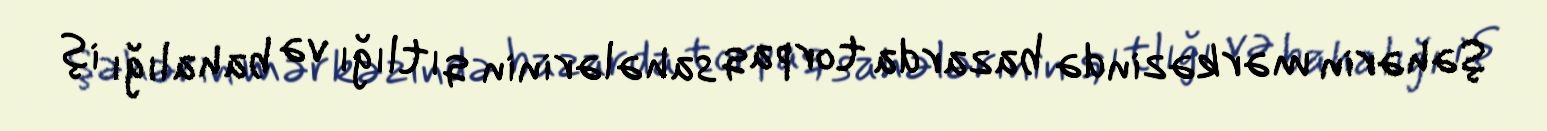
Şəhərin mərkəzində bazarda torpaq sahələrinin qıtlığı və bahalığı iş